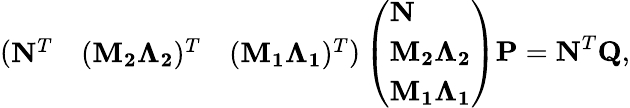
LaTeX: \left(\begin{array}{lll}{\mathbf{N}^{T}}&{(\mathbf{M_{2}}\mathbf{\Lambda_{2}})^{T}}&{(\mathbf{M_{1}}\mathbf{\Lambda_{1}})^{T}}\end{array}\right)\left(\begin{array}{l}{\mathbf{N}}\\ {\mathbf{M_{2}}\mathbf{\Lambda_{2}}}\\ {\mathbf{M_{1}}\mathbf{\Lambda_{1}}}\end{array}\right)\mathbf{P}=\mathbf{N}^{T}\mathbf{Q},